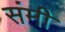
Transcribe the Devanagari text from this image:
संमी